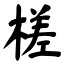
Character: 槎